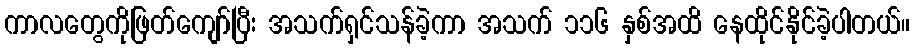
ကာလတွေကိုဖြတ်ကျော်ပြီး အသက်ရှင်သန်ခဲ့ကာ အသက် ၁၁၆ နှစ်အထိ နေထိုင်နိုင်ခဲ့ပါတယ်။